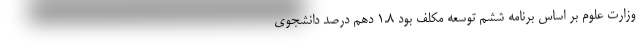
وزارت علوم بر اساس برنامه ششم توسعه مکلف بود ۱.۸ دهم درصد دانشجوی